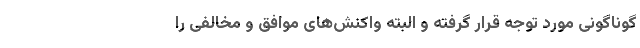
گوناگونی مورد توجه قرار گرفته و البته واکنش‌های موافق و مخالفی را